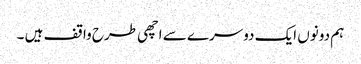
ہم دونوں ایک دوسرے سے اچھی طرح واقف ہیں ۔